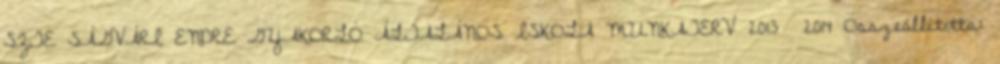
SZTE SÁGVÁRI ENDRE GYAKORLÓ ÁLTALÁNOS ISKOLA MUNKATERV 2013 2014 Összeállította: